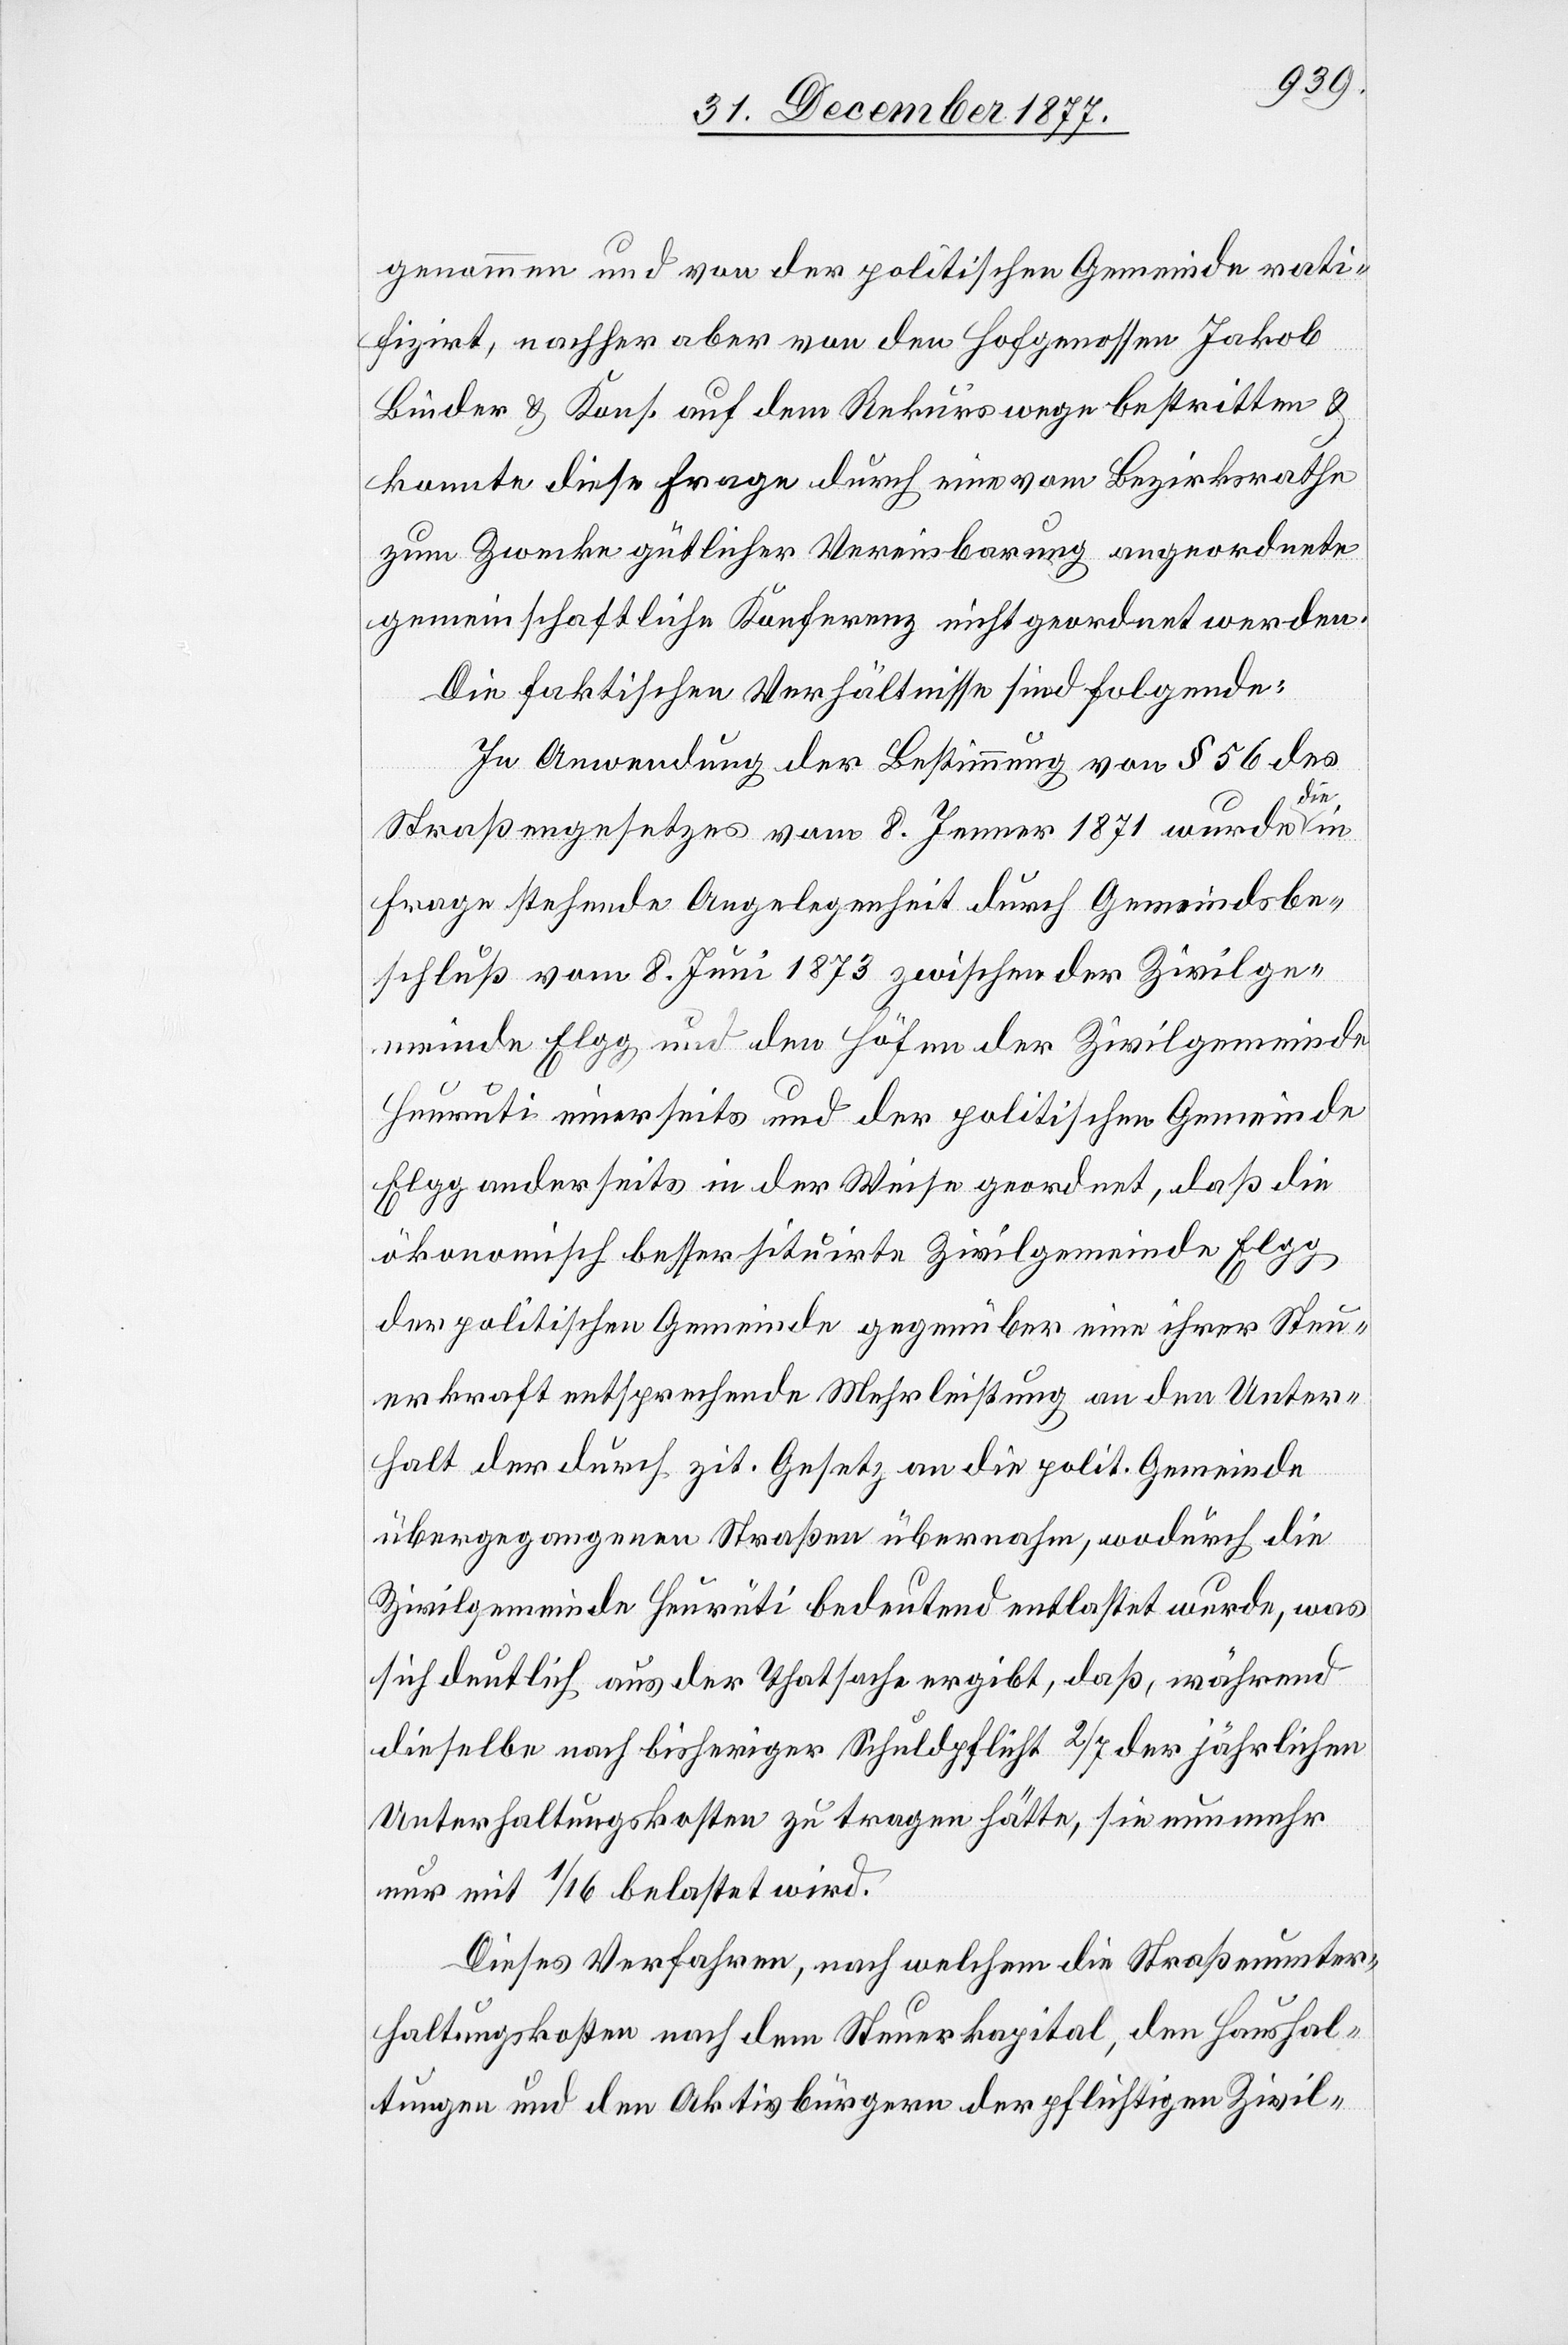
genommen und von der politischen Gemeinde rati¬
fizirt, nachher aber von den Hofgenossen Jakob
Binder & Kons. auf dem Rekurswege bestritten &
konnte diese Frage durch eine vom Bezirksrathe
zum Zwecke gütlicher Vereinbarung angeordnete
gemeinschaftliche Konferenz nicht geordnet werden.
Die faktischen Verhältnisse sind folgende:
In Anwendung der Bestimmung von § 56 des
Straßengesetzes vom 8. Jenner 1871 wurde die
Frage stehende Angelegenheit durch Gemeindsbe¬
schluß vom 8. Juni 1873 zwischen der Zivilge¬
meinde Elgg und den Höfen der Zivilgemeinde
Heurüti einerseits und der politischen Gemeinde
Elgg anderseits in der Weise geordnet, daß die
ökonomisch besser situirte Zivilgemeinde Elgg
der politischen Gemeinde gegenüber eine ihrer Steu¬
erkraft entsprechende Mehrleistung an den Unter¬
halt der durch zit. Gesetz an die polit. Gemeinde
übergegangenen Straßen übernahm, wodurch die
Zivilgemeinde Heurüti bedeutend entlastet wurde, was
sich deutlich aus der Thatsache ergibt, daß, während
dieselbe nach bisheriger Schuldpflicht 2/7 der jährlichen
Unterhaltungskosten zu tragen hätte, sie nunmehr
nur mit 1/16 belastet wird.
Dieses Verfahren, nach welchem die Straßenunter¬
haltungskosten nach dem Steuerkapital, den Haushal¬
tungen und den Aktivbürgern der pflichtigen Zivil-